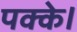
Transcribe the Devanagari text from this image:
पक्के।